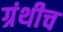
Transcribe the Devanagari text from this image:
ग्रंथीच